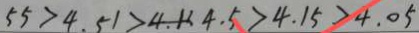
5 5 > 4 . 5 1 > 4 . 1 > 4 . 5 > 4 . 1 5 > 4 . 0 5